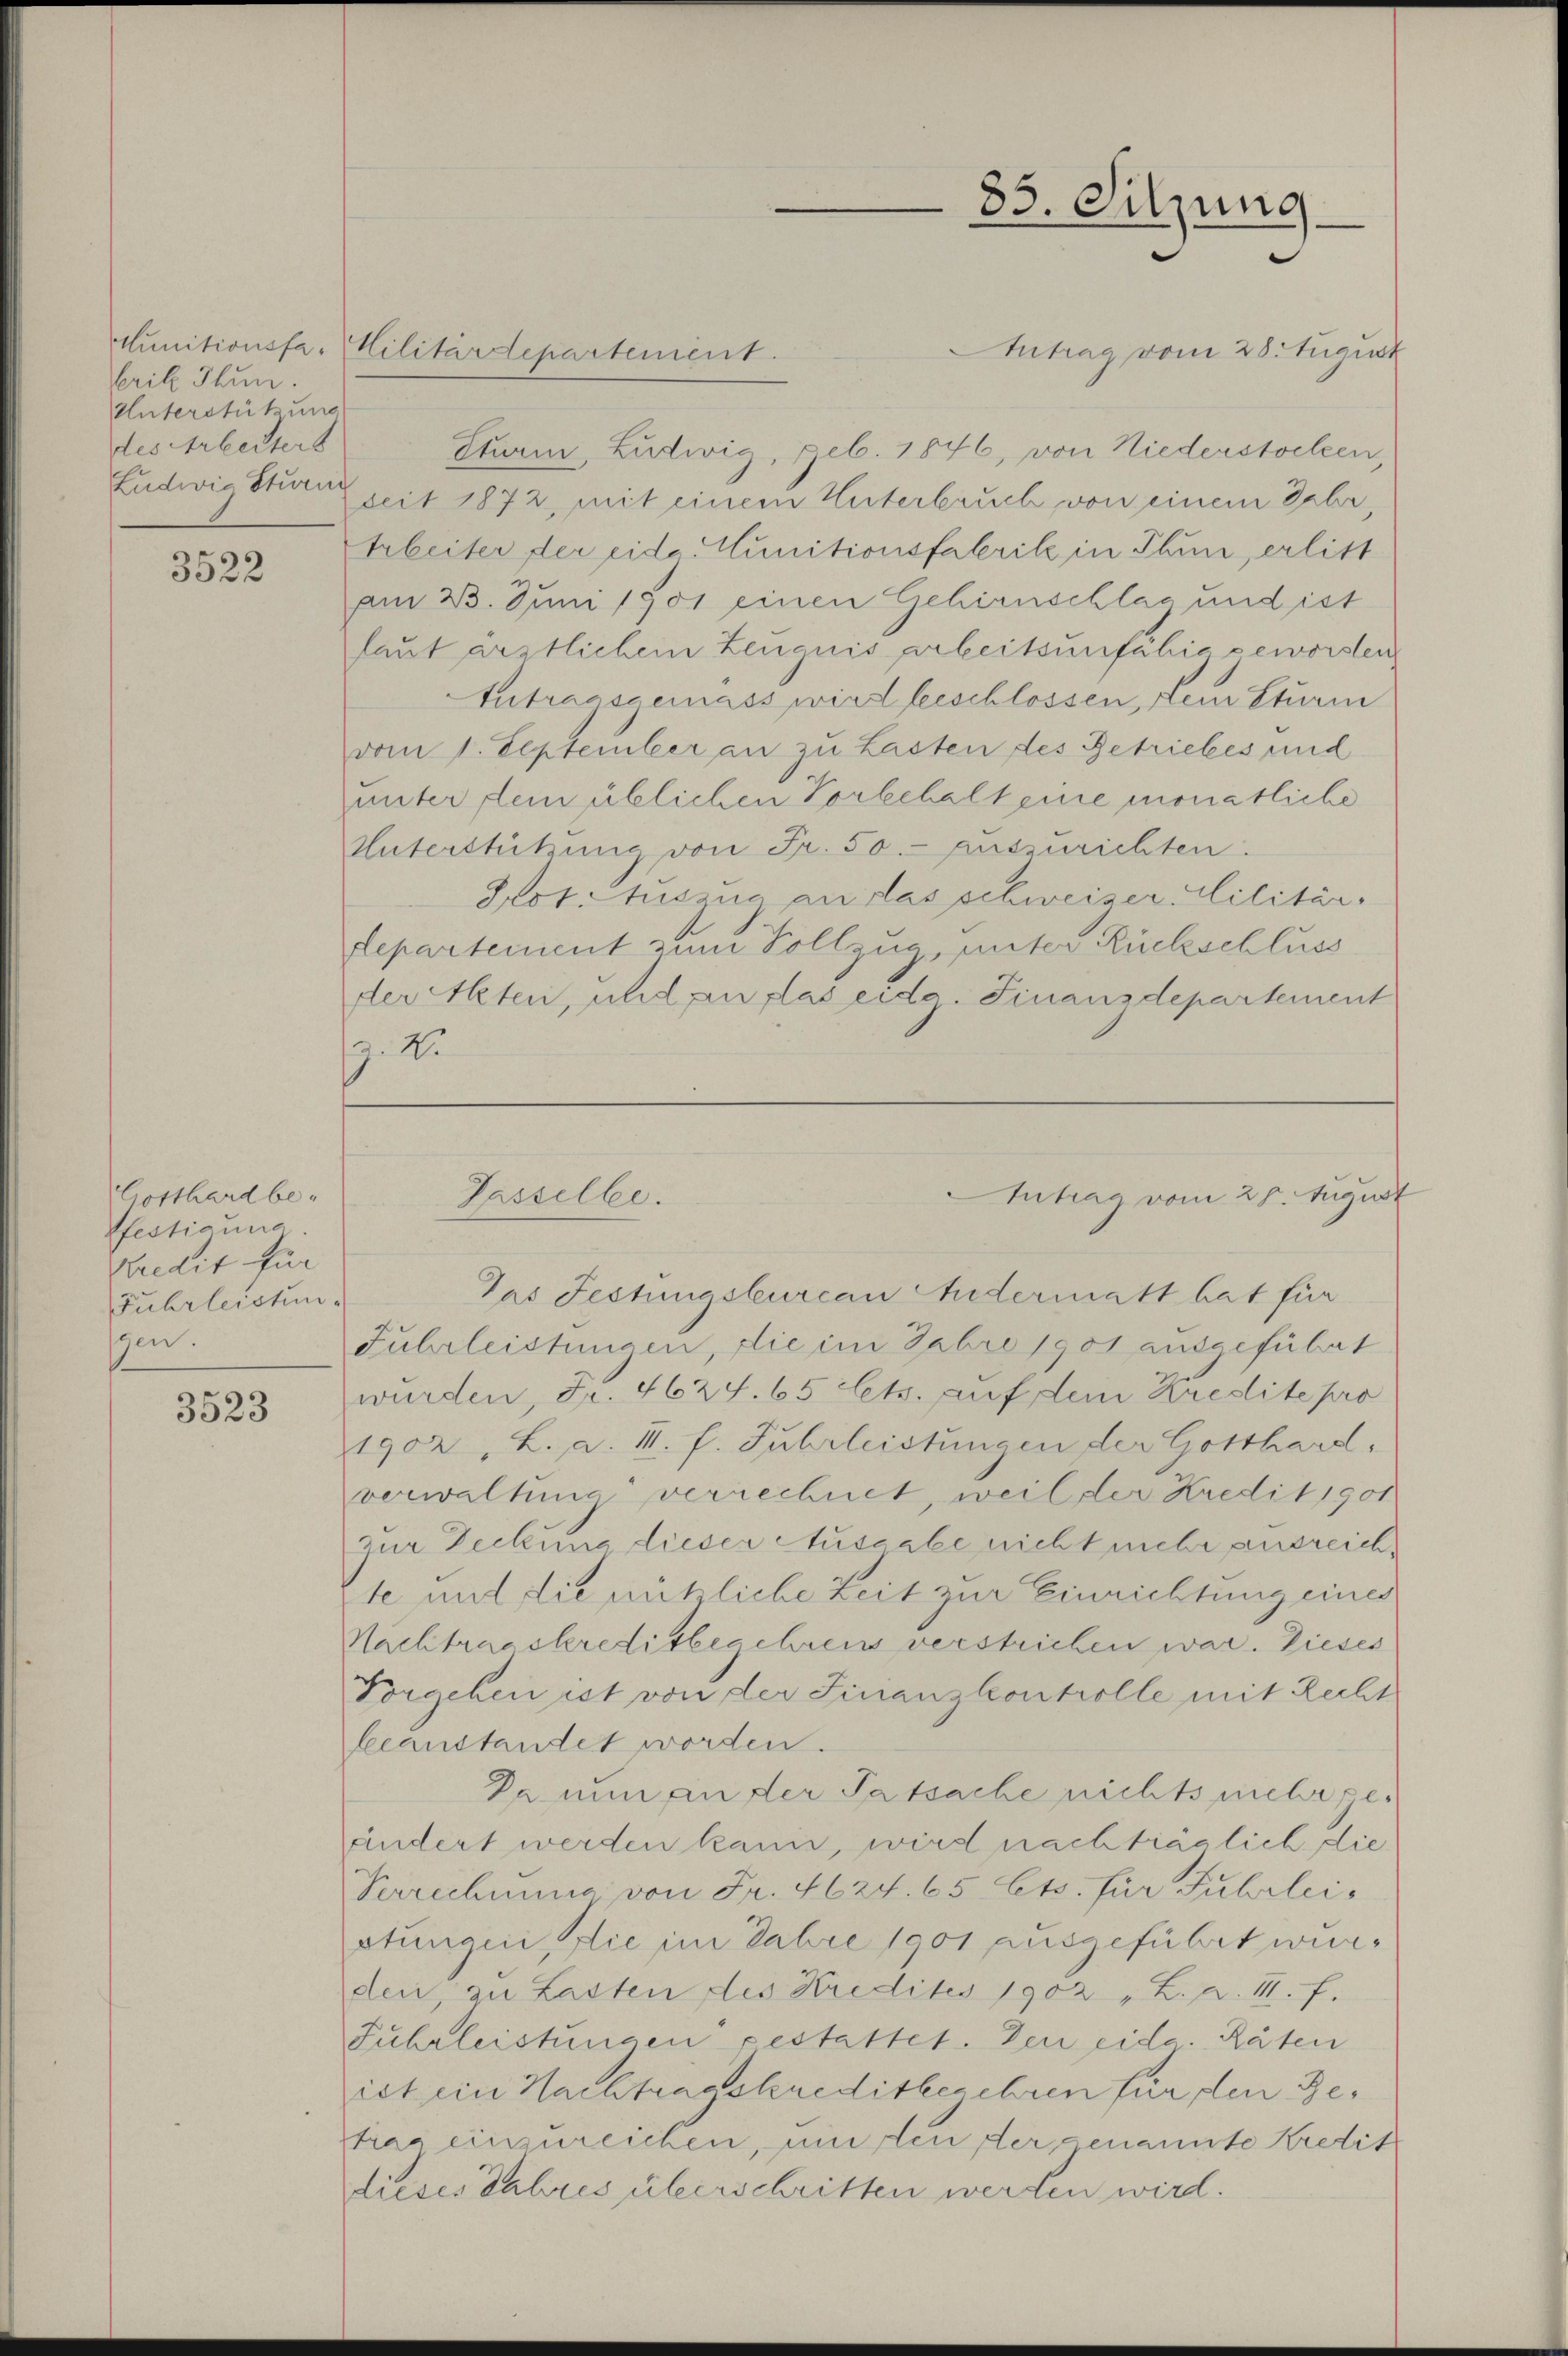
Crik Thun.
Unterstützung
des Arbeiters

3522

Gotthard befestigung
Kredit für
Fuhrleistun
zen.

3523

Antrag vom 28. August
Sturm, Ludwig, geb. 1846, von Niederstocken,
Ludwie Sturz zeit 1872, mit einem Unterbruch von einem Jahr,
Arbeiter der eide. Munitionsfabrik in Thun, erlitt
am 23. Juni 1901 einen Gehirnschlag und ist
laut ärztlichem Zeugnis arbeitsunfähig geworden
Intragsgemäss wird beschlossen, Dein Sturm
vom 1. September an zu Lasten des Getriebes und
unter dein üblichen Vorbehalterie monatliche
Unterstützung von Fr. 50.- aus urichten.
Prot. Aussa an das schweizer. Militär¬
Lepartement zum Vollzug, unter Rückschluss
der Akten, und an das eidg. Finanzdepartement
z. Nr.

Munitionsfa. Militärdepartement.

Gasselbe.

85. Sitzung

Intrag vom 26. August

Das Festungsbureau Andermatt hat für
Fuhrleistungen, die im Fabro 1901 ausgeführt
wurden, Fr. 462 f. 65 lets. auf dem Kredite pro
1902, L. a. II. f. Fuhrleistungen der Gotthard,
verwaltung verrechnet, weil der Kredit 1901
zur Deckung dieser Ausgabe nicht mehr ausreichte und die nützliche Zeit zur Einrichtung einer
Nachtragskreditbegehrens verstrichen war. Dieses
Forgehen ist von der Finanzkontrolle mit Recht
beanstandet worden.
Da nun an der Tatsache nichts mehr geändert werden kann, wird nachträglich die
Verrechnung von Fr. 4624. 65 Cts. für Fuhrleistungen die im Fahre 1001 ausgeführt wurden, zu Lasten des Kredites 1902 "L. A. III. f.
Fuhrleistungen gestattet. Den eidg. Räten
iet ein Nachtragskreditbegehren für den Betrag einzureichen, um den der genannte Kredit
dieses Jahres überschritten werden wird.